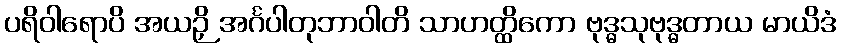
ပရိဝါရောပိ အယဉှိ အင်္ဂပါတုဘာဝါတိ သာဟတ္ထိကော ဗုဒ္ဓသုဗုဒ္ဓတာယ မာယိဒံ